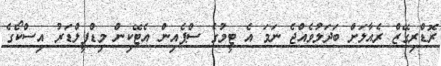
ރޮޑްރިގޭޒް ރެއާލަށް ބަދަލުވެއްޖެ ނަމަ އެ ޓީމުގެ ސްޕެއިން އެޓޭކިން މިޑްފީލްޑަރު އިސްކޯގެ